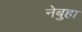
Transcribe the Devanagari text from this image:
नेबुहा